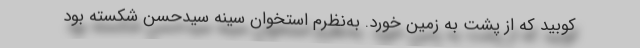
کوبید که از پشت به زمین خورد. به‌نظرم استخوان سینه سیدحسن شکسته بود